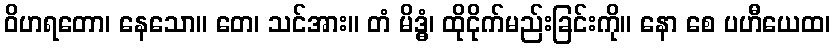
ဝိဟရတော၊ နေသော။ တေ၊ သင်အား။ တံ မိဒ္ဓံ၊ ထိုငိုက်မည်းခြင်းကို။ နော စေ ပဟီယေထ၊